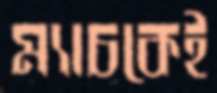
ম্যাচকেই